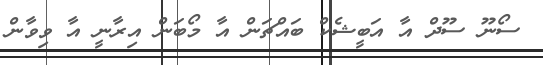
ސޯނޫ ސޫދް އާ އަބީޝެކް ބައްޗަން އާ މޯބަން އިރާނީ އާ ވިވާން